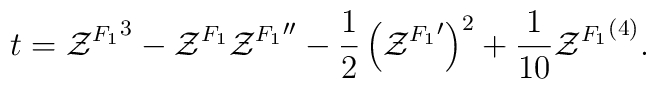
t={{\cal Z}^{F_1}}^3-{\cal Z}^{F_1}{{\cal Z}^{F_1}}''-{1\over2}\left({{\cal Z}^{F_1}}'\right)^2+{1\over10}{{\cal Z}^{F_1}}^{(4)}.